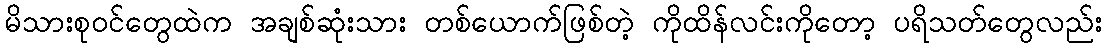
မိသားစုဝင်တွေထဲက အချစ်ဆုံးသား တစ်ယောက်ဖြစ်တဲ့ ကိုထိန်လင်းကိုတော့ ပရိသတ်တွေလည်း